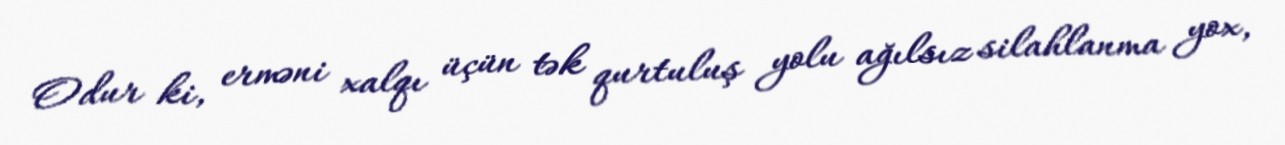
Odur ki, erməni xalqı üçün tək qurtuluş yolu ağılsız silahlanma yox,